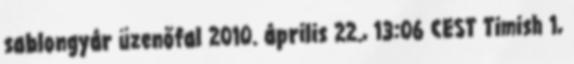
sablongyár üzenőfal 2010. április 22., 13:06 CEST Timish 1,